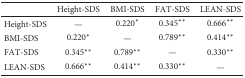
<table><thead><tr><td></td><td><b>Height-SDS</b></td><td><b>BMI-SDS</b></td><td><b>FAT-SDS</b></td><td><b>LEAN-SDS</b></td></tr></thead><tbody><tr><td>Height-SDS</td><td>—</td><td>0.220<sup>∗</sup></td><td>0.345<sup>∗∗</sup></td><td>0.666<sup>∗∗</sup></td></tr><tr><td>BMI-SDS</td><td>0.220<sup>∗</sup></td><td>—</td><td>0.789<sup>∗∗</sup></td><td>0.414<sup>∗∗</sup></td></tr><tr><td>FAT-SDS</td><td>0.345<sup>∗∗</sup></td><td>0.789<sup>∗∗</sup></td><td>—</td><td>0.330<sup>∗∗</sup></td></tr><tr><td>LEAN-SDS</td><td>0.666<sup>∗∗</sup></td><td>0.414<sup>∗∗</sup></td><td>0.330<sup>∗∗</sup></td><td>—</td></tr></tbody></table>